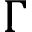
\Gamma